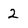
Character: 2